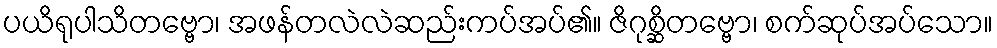
ပယိရုပါသိတဗ္ဗော၊ အဖန်တလဲလဲဆည်းကပ်အပ်၏။ ဇိဂုစ္ဆိတဗ္ဗော၊ စက်ဆုပ်အပ်သော။